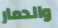
والدمار